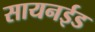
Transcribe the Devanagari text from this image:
सायनईड